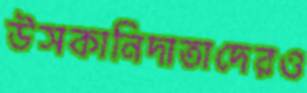
উসকানিদাতাদেরও